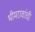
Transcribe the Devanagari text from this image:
भीमरावांची